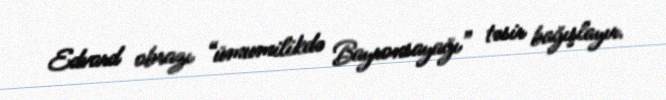
Edvard obrazı “ümumilikdə Bayronsayağı” təsir bağışlayır.